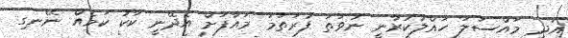
އަދި މައްސަލަ ހައްލުކުރާނީ ނުވަތަ ފުރަތަމަ މައާފަށް އެދޭނީ ކާކު ކަމެއް ނޭނގި